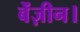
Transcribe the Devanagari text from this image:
बेंज़ीन।